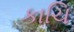
કાચિ